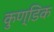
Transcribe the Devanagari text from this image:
कुण्डिक